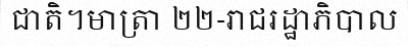
ជាតិ។មាត្រា ២២-រាជរដ្ឋាភិបាល